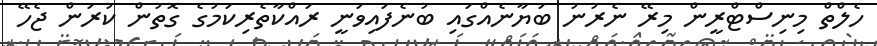
ހެލްތް މިނިސްޓްރީން މިރޭ ނެރުނު ބަޔާނެއްގައި ބުނެފައިވަނީ ރައްކާތެރިކަމުގެ ގޮތުން ކުރަން ޖެހޭ